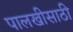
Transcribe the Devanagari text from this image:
पालखीसाठी